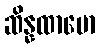
ဆိန္နထာမော